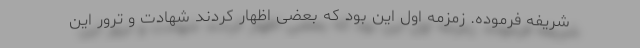
شریفه فرموده. زمزمه اول این بود که بعضی اظهار کردند شهادت و ترور این